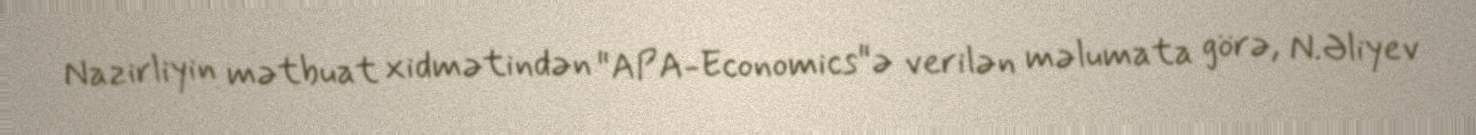
Nazirliyin mətbuat xidmətindən "APA-Economics"ə verilən məlumata görə, N.Əliyev